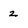
Character: 2